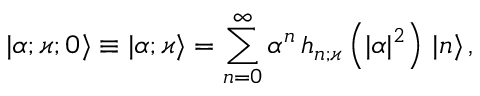
| \alpha ; \varkappa ; 0 \rangle \equiv | \alpha ; \varkappa \rangle = \sum _ { n = 0 } ^ { \infty } \alpha ^ { n } \, h _ { n ; \varkappa } \left( \vert \alpha \vert ^ { 2 } \right) \, | n \rangle \, ,